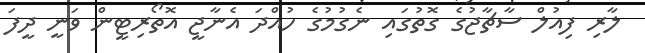
ލާރި ފިއުލް ސާޗާޖުގެ ގޮތުގައި ނެގުމުގެ ހުއްދަ އެނާޖީ އޮތޯރިޓީން ވަނީ ދީފަ